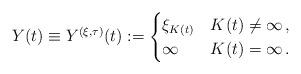
LaTeX: \begin{align*} Y(t) \equiv Y^{(\xi,\tau)}(t) := \begin{cases} \xi_{K(t)} & K(t) \neq \infty\,, \\ \infty & K(t) = \infty \,. \end{cases}\end{align*}